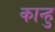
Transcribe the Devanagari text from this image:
कान्हु